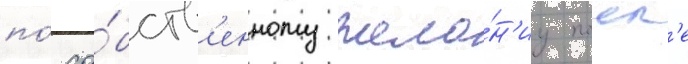
по́ со́бств'енному жела́н'иу посл'е